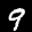
Label: 9